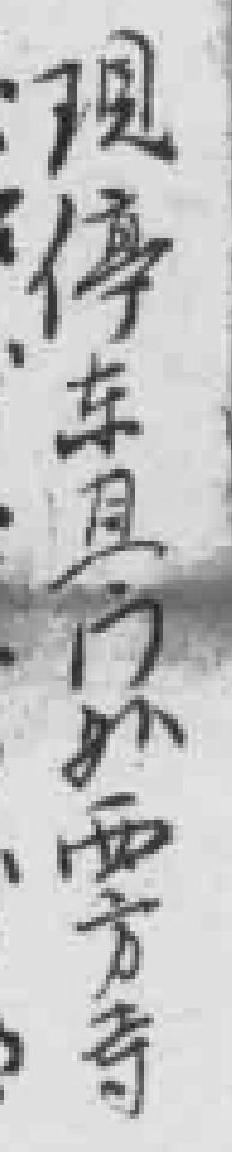
圓停貝口が要方寺